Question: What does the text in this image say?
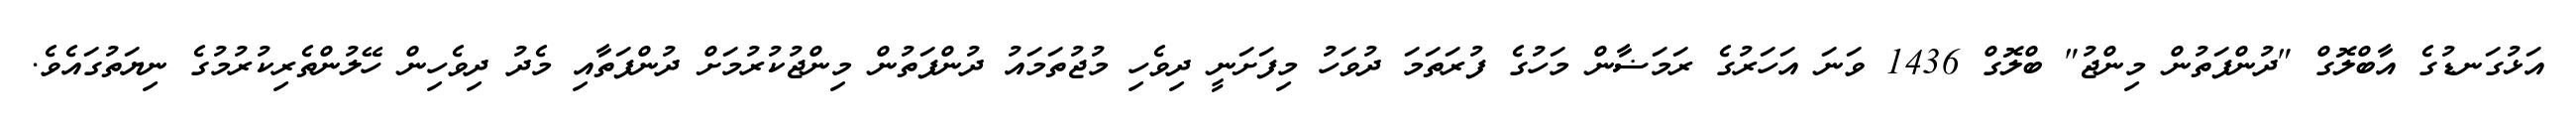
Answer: އަޅުގަނޑުގެ އާބްލޮގް "ދުންފަތުން މިންޖު" ބްލޮގް 1436 ވަނަ އަހަރުގެ ރަމަޟާން މަހުގެ ފުރަތަމަ ދުވަހު މިފަށަނީ ދިވެހި މުޖުތަމައު ދުންފަތުން މިންޖުކުރުމަށް ދުންފަތާއި މެދު ދިވެހިން ހޭލުންތެރިކުރުމުގެ ނިޔަތުގައެވެ.